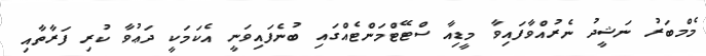
މެމްބަރު ނަޝީދު ނެރުއްވާފައިވާ މީޑިއާ ސްޓޭޓްމަންޓެއްގައި ބުނެފައިވަނީ އެކަމަކީ ދަޢުވާ ކުރި ފަރާތާއި